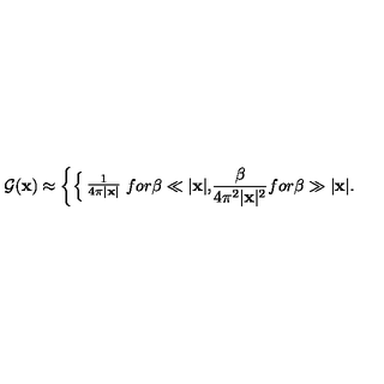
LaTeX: { \cal G } ( { \bf x } ) \approx \left\{ \begin{cases} { { \frac { 1 } { 4 \pi \vert { \bf x } \vert } } } & { f o r \beta \ll \vert { \bf x } \vert , } \\ { { \frac { \beta } { 4 \pi ^ { 2 } \vert { \bf x } \vert ^ { 2 } } } } & { f o r \beta \gg \vert { \bf x } \vert . } \\ \end{cases} \right.